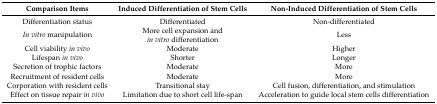
<table><thead><tr><td><b>Comparison Items</b></td><td><b>Induced Differentiation of Stem Cells</b></td><td><b>Non-Induced Differentiation of Stem Cells</b></td></tr></thead><tbody><tr><td>Differentiation status</td><td>Differentiated</td><td>Non-differentiated</td></tr><tr><td><i>In vitro</i> manipulation</td><td>More cell expansion and <i>in vitro</i> differentiation</td><td>Less</td></tr><tr><td>Cell viability <i>in vivo</i></td><td>Moderate </td><td>Higher</td></tr><tr><td>Lifespan <i>in vivo</i></td><td>Shorter</td><td>Longer</td></tr><tr><td>Secretion of trophic factors</td><td>Moderate</td><td>More</td></tr><tr><td>Recruitment of resident cells</td><td>Moderate</td><td>More</td></tr><tr><td>Corporation with resident cells</td><td>Transitional stay</td><td>Cell fusion, differentiation, and stimulation</td></tr><tr><td>Effect on tissue repair <i>in vivo</i></td><td>Limitation due to short cell life-span</td><td>Acceleration to guide local stem cells differentiation</td></tr></tbody></table>